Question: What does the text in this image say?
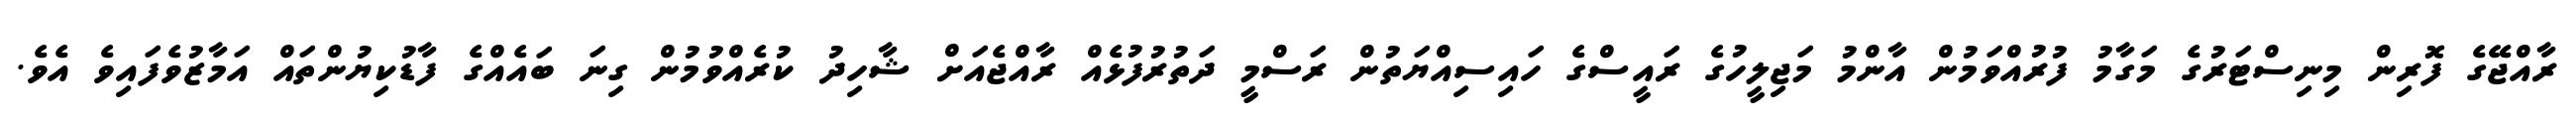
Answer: ރާއްޖޭގެ ފޮރިން މިނިސްޓަރުގެ މަގާމު ފުރުއްވަމުން އާންމު މަޖިލީހުގެ ރައީސްގެ ހައިސިއްޔަތުން ރަސްމީ ދަތުރުފުޅެއް ރާއްޖެއަށް ޝާހިދު ކުރެއްވުމުން ގިނަ ބައެއްގެ ފާޑުކިޔުންތައް އަމާޒުވެފައިވެ އެވެ.